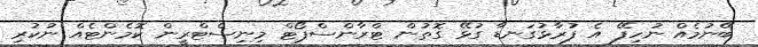
ބޭނުމެއް ނުހިފޭ އެ ފުރާޅުގަނޑާ ގުޅޭ ގޮތުން ޓްރާންސްޕޯޓް މިނިސްޓްރީން ކޮމެންޓެއް ނުކުރި